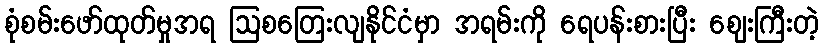
စုံစမ်းဖော်ထုတ်မှုအရ ဩစတြေးလျနိုင်ငံမှာ အရမ်းကို ရေပန်းစားပြီး ဈေးကြီးတဲ့